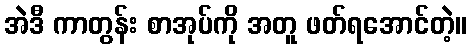
အဲဒီ ကာတွန်း စာအုပ်ကို အတူ ဖတ်ရအောင်တဲ့။